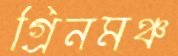
গ্রিনমঞ্চ